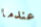
عندما